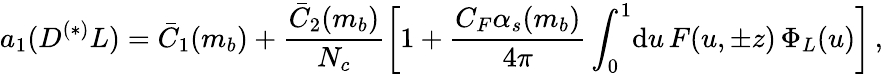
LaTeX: a_{1}(D^{(*)}L)=\bar{C}_{1}(m_{b})+\frac{\bar{C}_{2}(m_{b})}{N_{c}}\left[1+\frac{C_{F}\alpha_{s}(m_{b})}{4\pi}\int_{0}^{1}\! \mathrm{d}u\, F(u,\pm z)\, \Phi_{L}(u)\right]\, ,